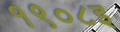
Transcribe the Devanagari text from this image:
१९०८इ